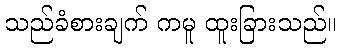
သည်ခံစားချက် ကမူ ထူးခြားသည်။